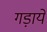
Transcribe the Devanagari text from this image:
गड़ाये